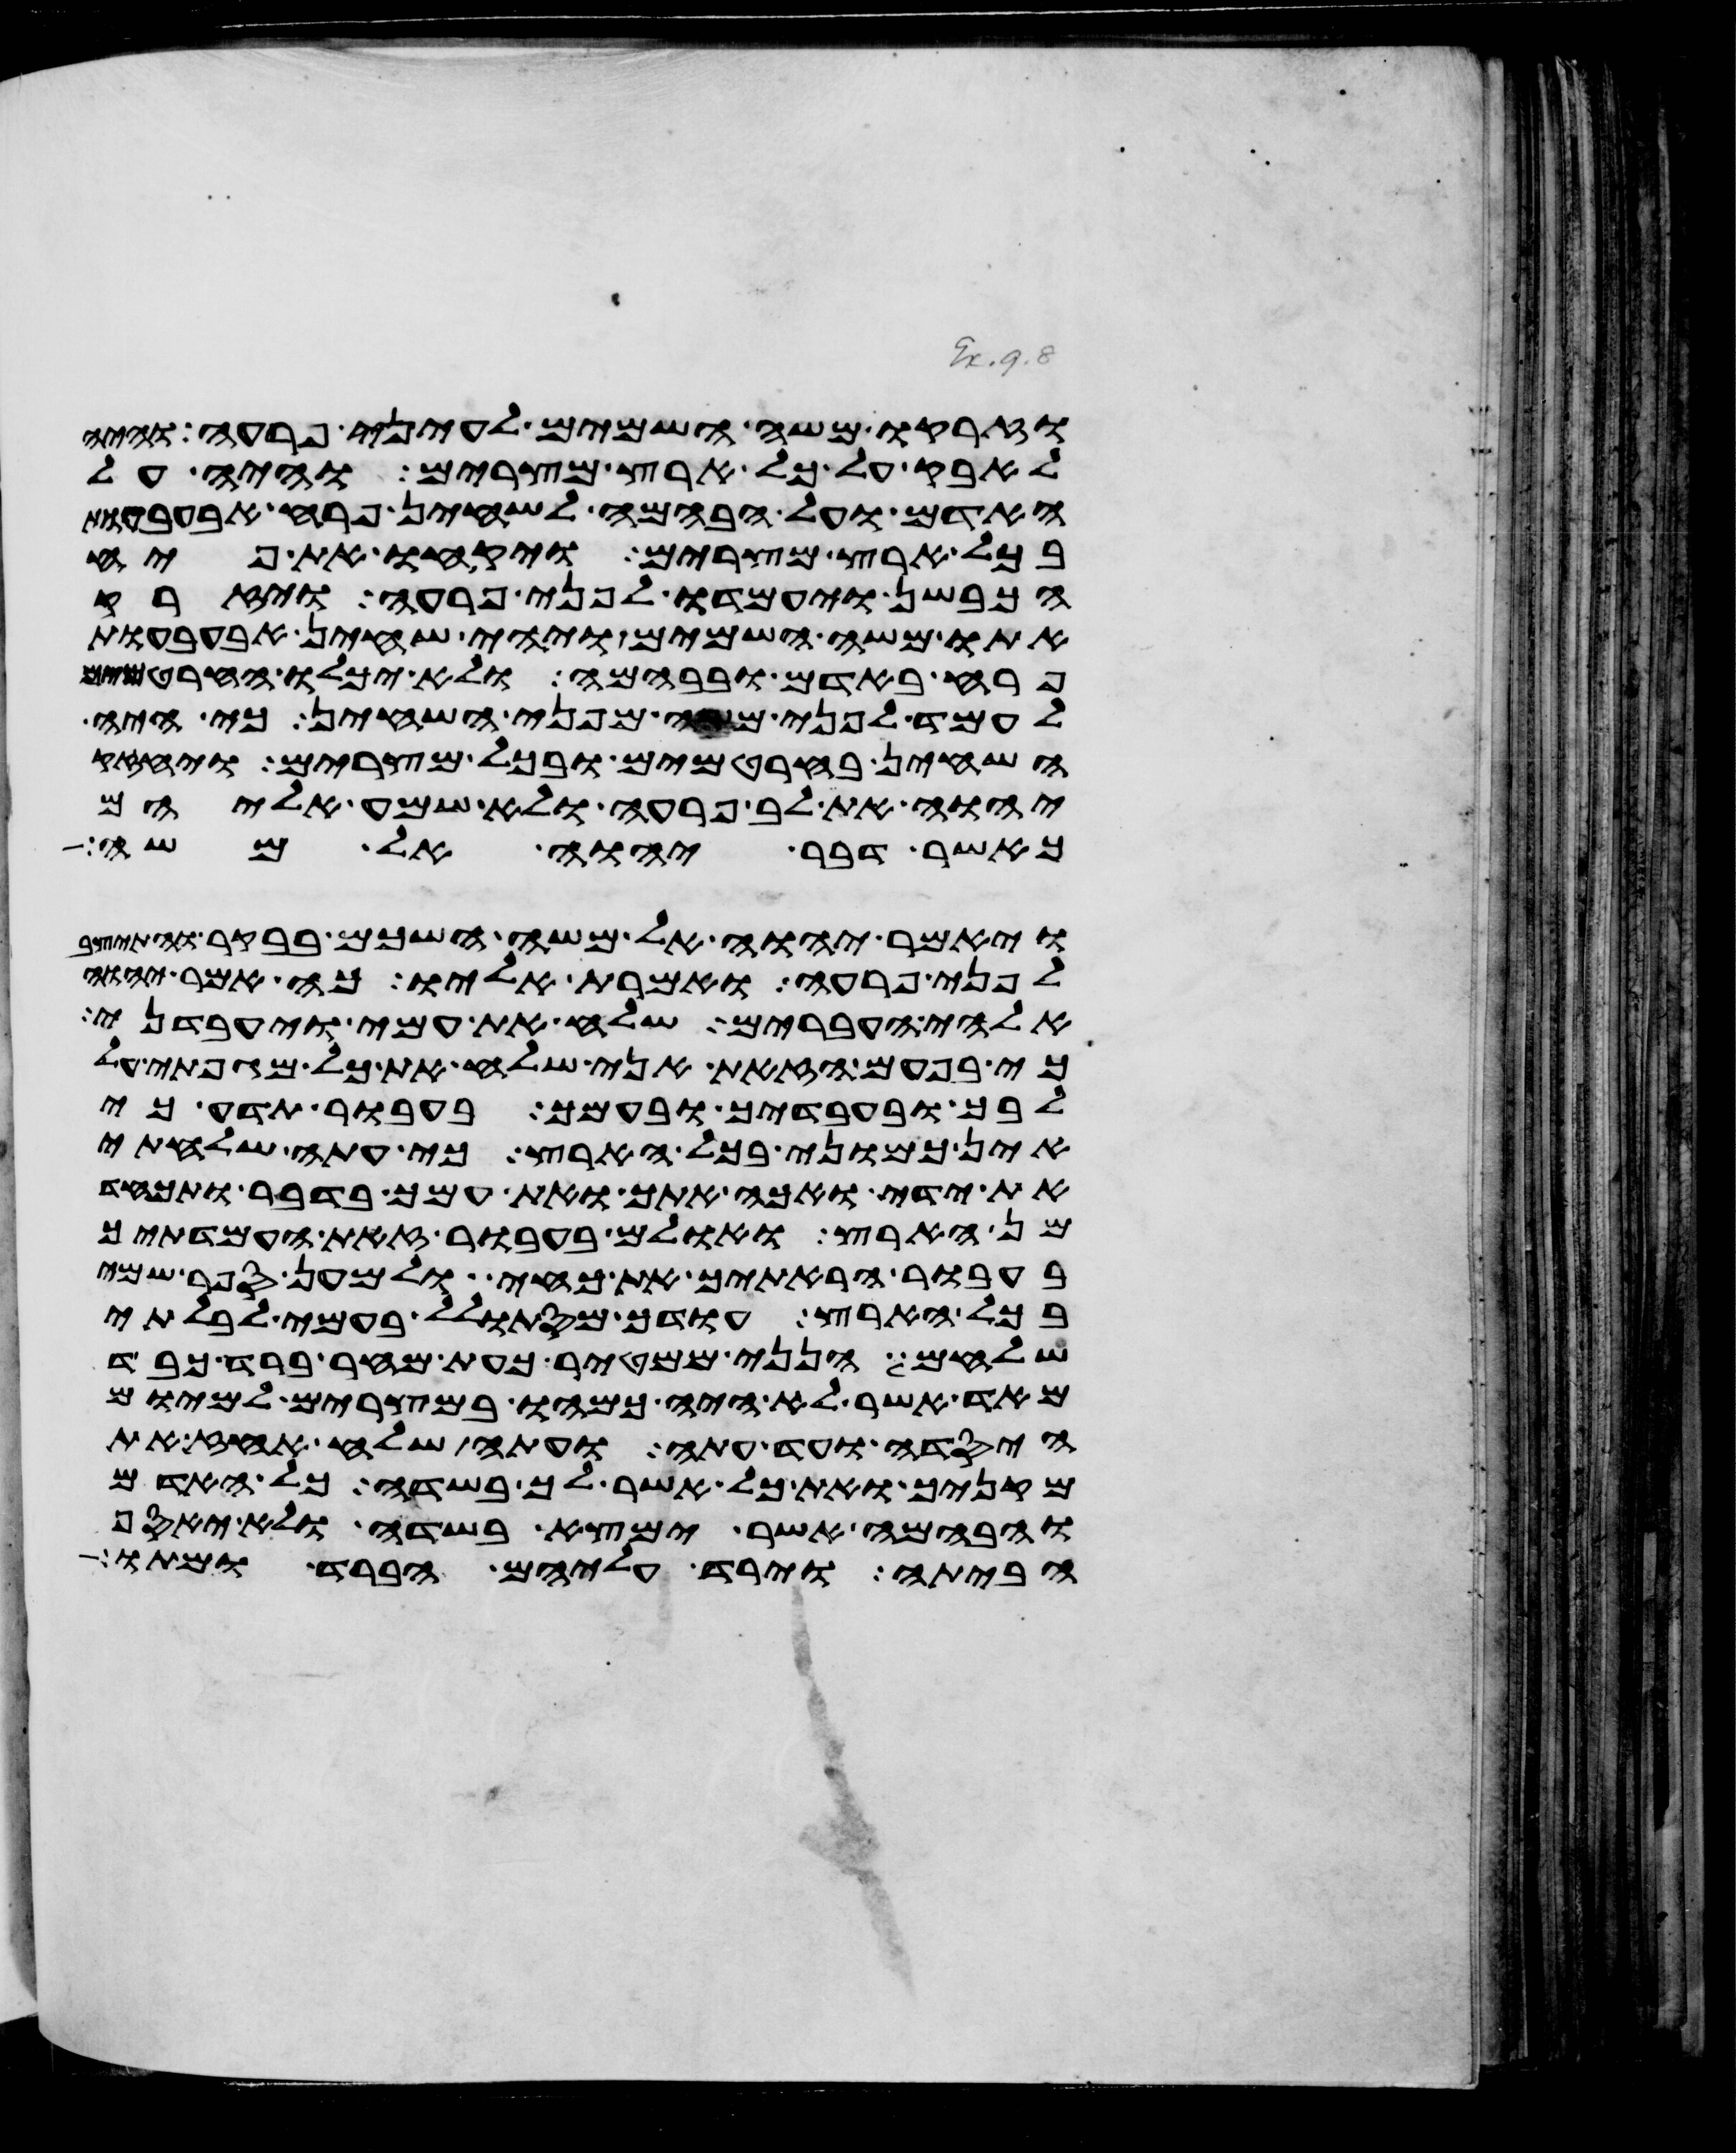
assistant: וזרקו משה השמים לעיני פרעה והיה
לאבק על כל ארץ מצרים והיה על
האדם ועל הבהמה לשחין פרח אבעבעות
בכל ארץ מצרים ויקחו את פיח
הכבשן ויעמדו לפני פרעה ויזרק
אתו משה השמים ויהי שחין אבעבעות
פרח באדם ובבהמה ולא יכלו החרטמים
לעמד לפני משה מפני השחין כי היה
השחין בחרטמים ובכל מצרים ויחזק
יהוה את לב פרעה ולא שמע אליהם
כאשר דבר יהוה אל משה
ויאמר יהוה אל משה השכם בבקר והתיצב
לפני פרעה ואמרת אליו כה אמר יהוה
אלהי העברים שלח את עמי ויעבדני
כי בפעם הזאת אני שלח את כל מגפתי על
לבך ובעבדיך ובעמך בעבור תדע כי
אין כמוני בכל הארץ כי עתה שלחתי
את ידי ואכה אתך ואת עמך בדבר ותכחד
מן הארץ ואולם בעבור זאת העמדתיך
בעבור הראתיך את כחי ולמען ספר שמי
בכל הארץ עודך מסתולל בעמי לבלתי
שלחם הנני ממטיר כעת מחר ברד כבד
מאד אשר לא היה כמהו במצרים למיום
היסדה ועד עתה ועתה שלח העז את
מקניך ואת כל אשר לך בשדה כל האדם
והבהמה אשר ימצא בשדה ולא יאסף
הביתה וירד עליהם הברד ומתו